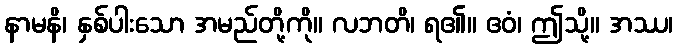
နာမနိ၊ နှစ်ပါးသော အမည်တို့ကို။ လဘတိ၊ ရ၏။ ဧဝံ၊ ဤသို့။ အဿ၊